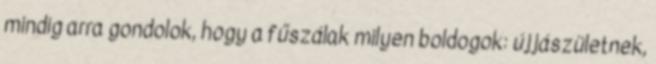
mindig arra gondolok, hogy a fűszálak milyen boldogok: újjászületnek,